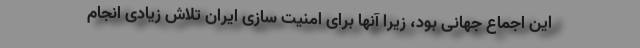
این اجماع جهانی بود، زیرا آنها برای امنیت سازی ایران تلاش زیادی انجام